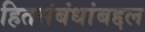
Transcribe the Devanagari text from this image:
हितसंबंधांबद्दल